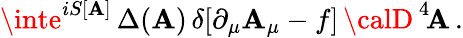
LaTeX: \inte^{iS[\mathbf{A}]}\, \Delta(\mathbf{A})\, \delta[\partial_{\mu}\mathbf{A}_{\mu}-f]\, {\calD}^{\, 4}\! \mathbf{A}\, .